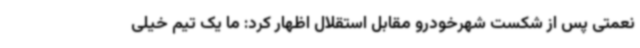
نعمتی پس از شکست شهرخودرو مقابل استقلال اظهار کرد: ما یک تیم خیلی